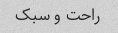
راحت و سبک